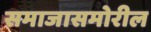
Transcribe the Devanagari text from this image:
समाजासमोरील